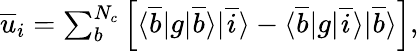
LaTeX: \begin{array}{r}{\overline{{u}}_{i}=\sum_{b}^{N_{c}}\left[\langle\overline{{b}}|g|\overline{{b}}\rangle|\overline{{i}}\rangle-\langle\overline{{b}}|g|\overline{{i}}\rangle|\overline{{b}}\rangle\right],}\end{array}